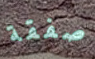
صفقة